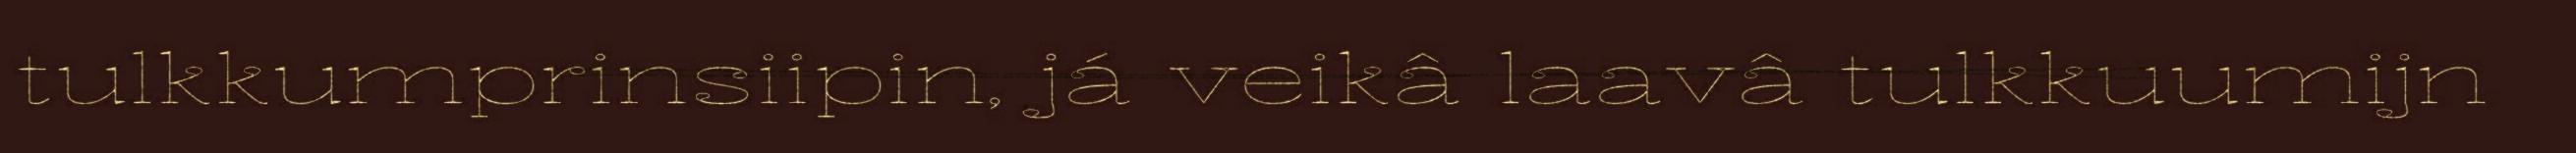
tulkkumprinsiipin, já veikâ laavâ tulkkuumijn